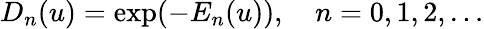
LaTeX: D_{n}(u)=\exp(-E_{n}(u)),\quad n=0,1,2,\ldots